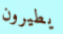
يطيرون